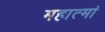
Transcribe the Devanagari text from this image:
महात्मां